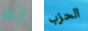
لم الحزب